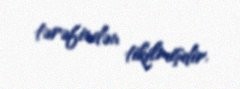
tərəfindən tikilmişdir.